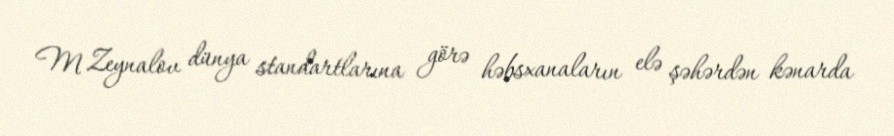
M.Zeynalov dünya standartlarına görə həbsxanaların elə şəhərdən kənarda